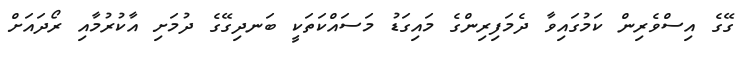
ގޭގެ އިސްވެރިން ކަމުގައިވާ ދެމަފިރިންގެ މައިގަޑު މަސައްކަތަކީ ބަނދިގޭގެ ދުމަށި އާކުރުމާއި ރޯދައަށް